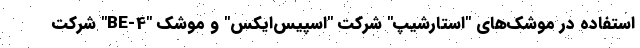
استفاده در موشک‌های "استارشیپ" شرکت "اسپیس‌ایکس" و موشک "BE-4" شرکت